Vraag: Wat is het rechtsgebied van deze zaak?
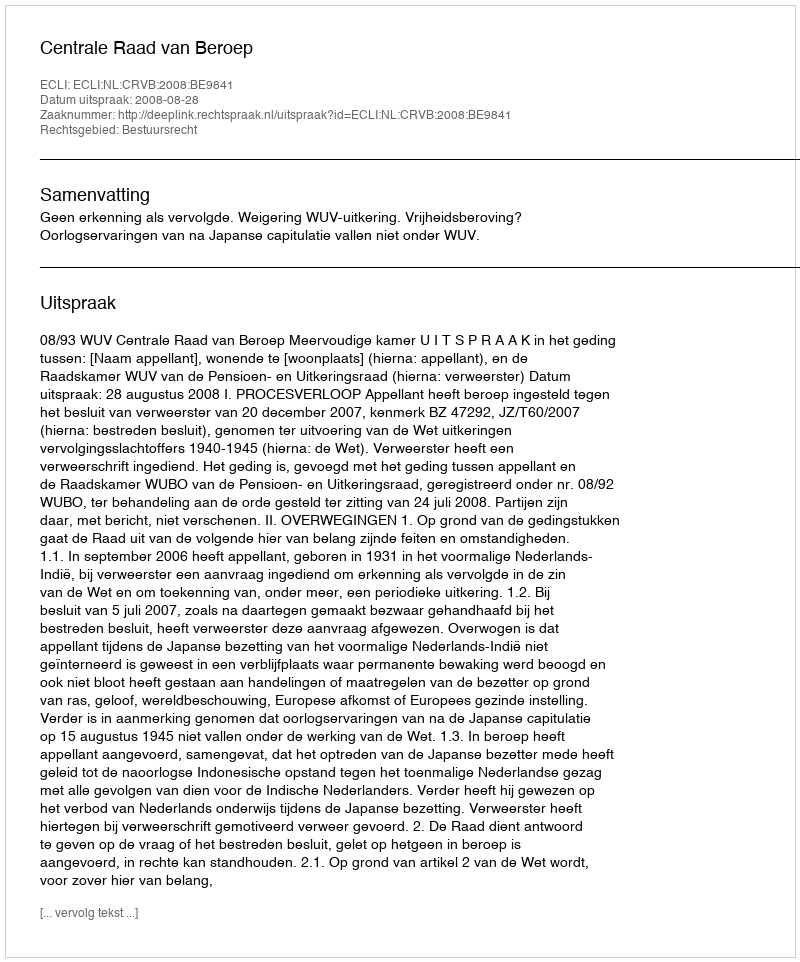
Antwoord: Bestuursrecht